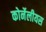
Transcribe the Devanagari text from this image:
कोर्नेलीयस